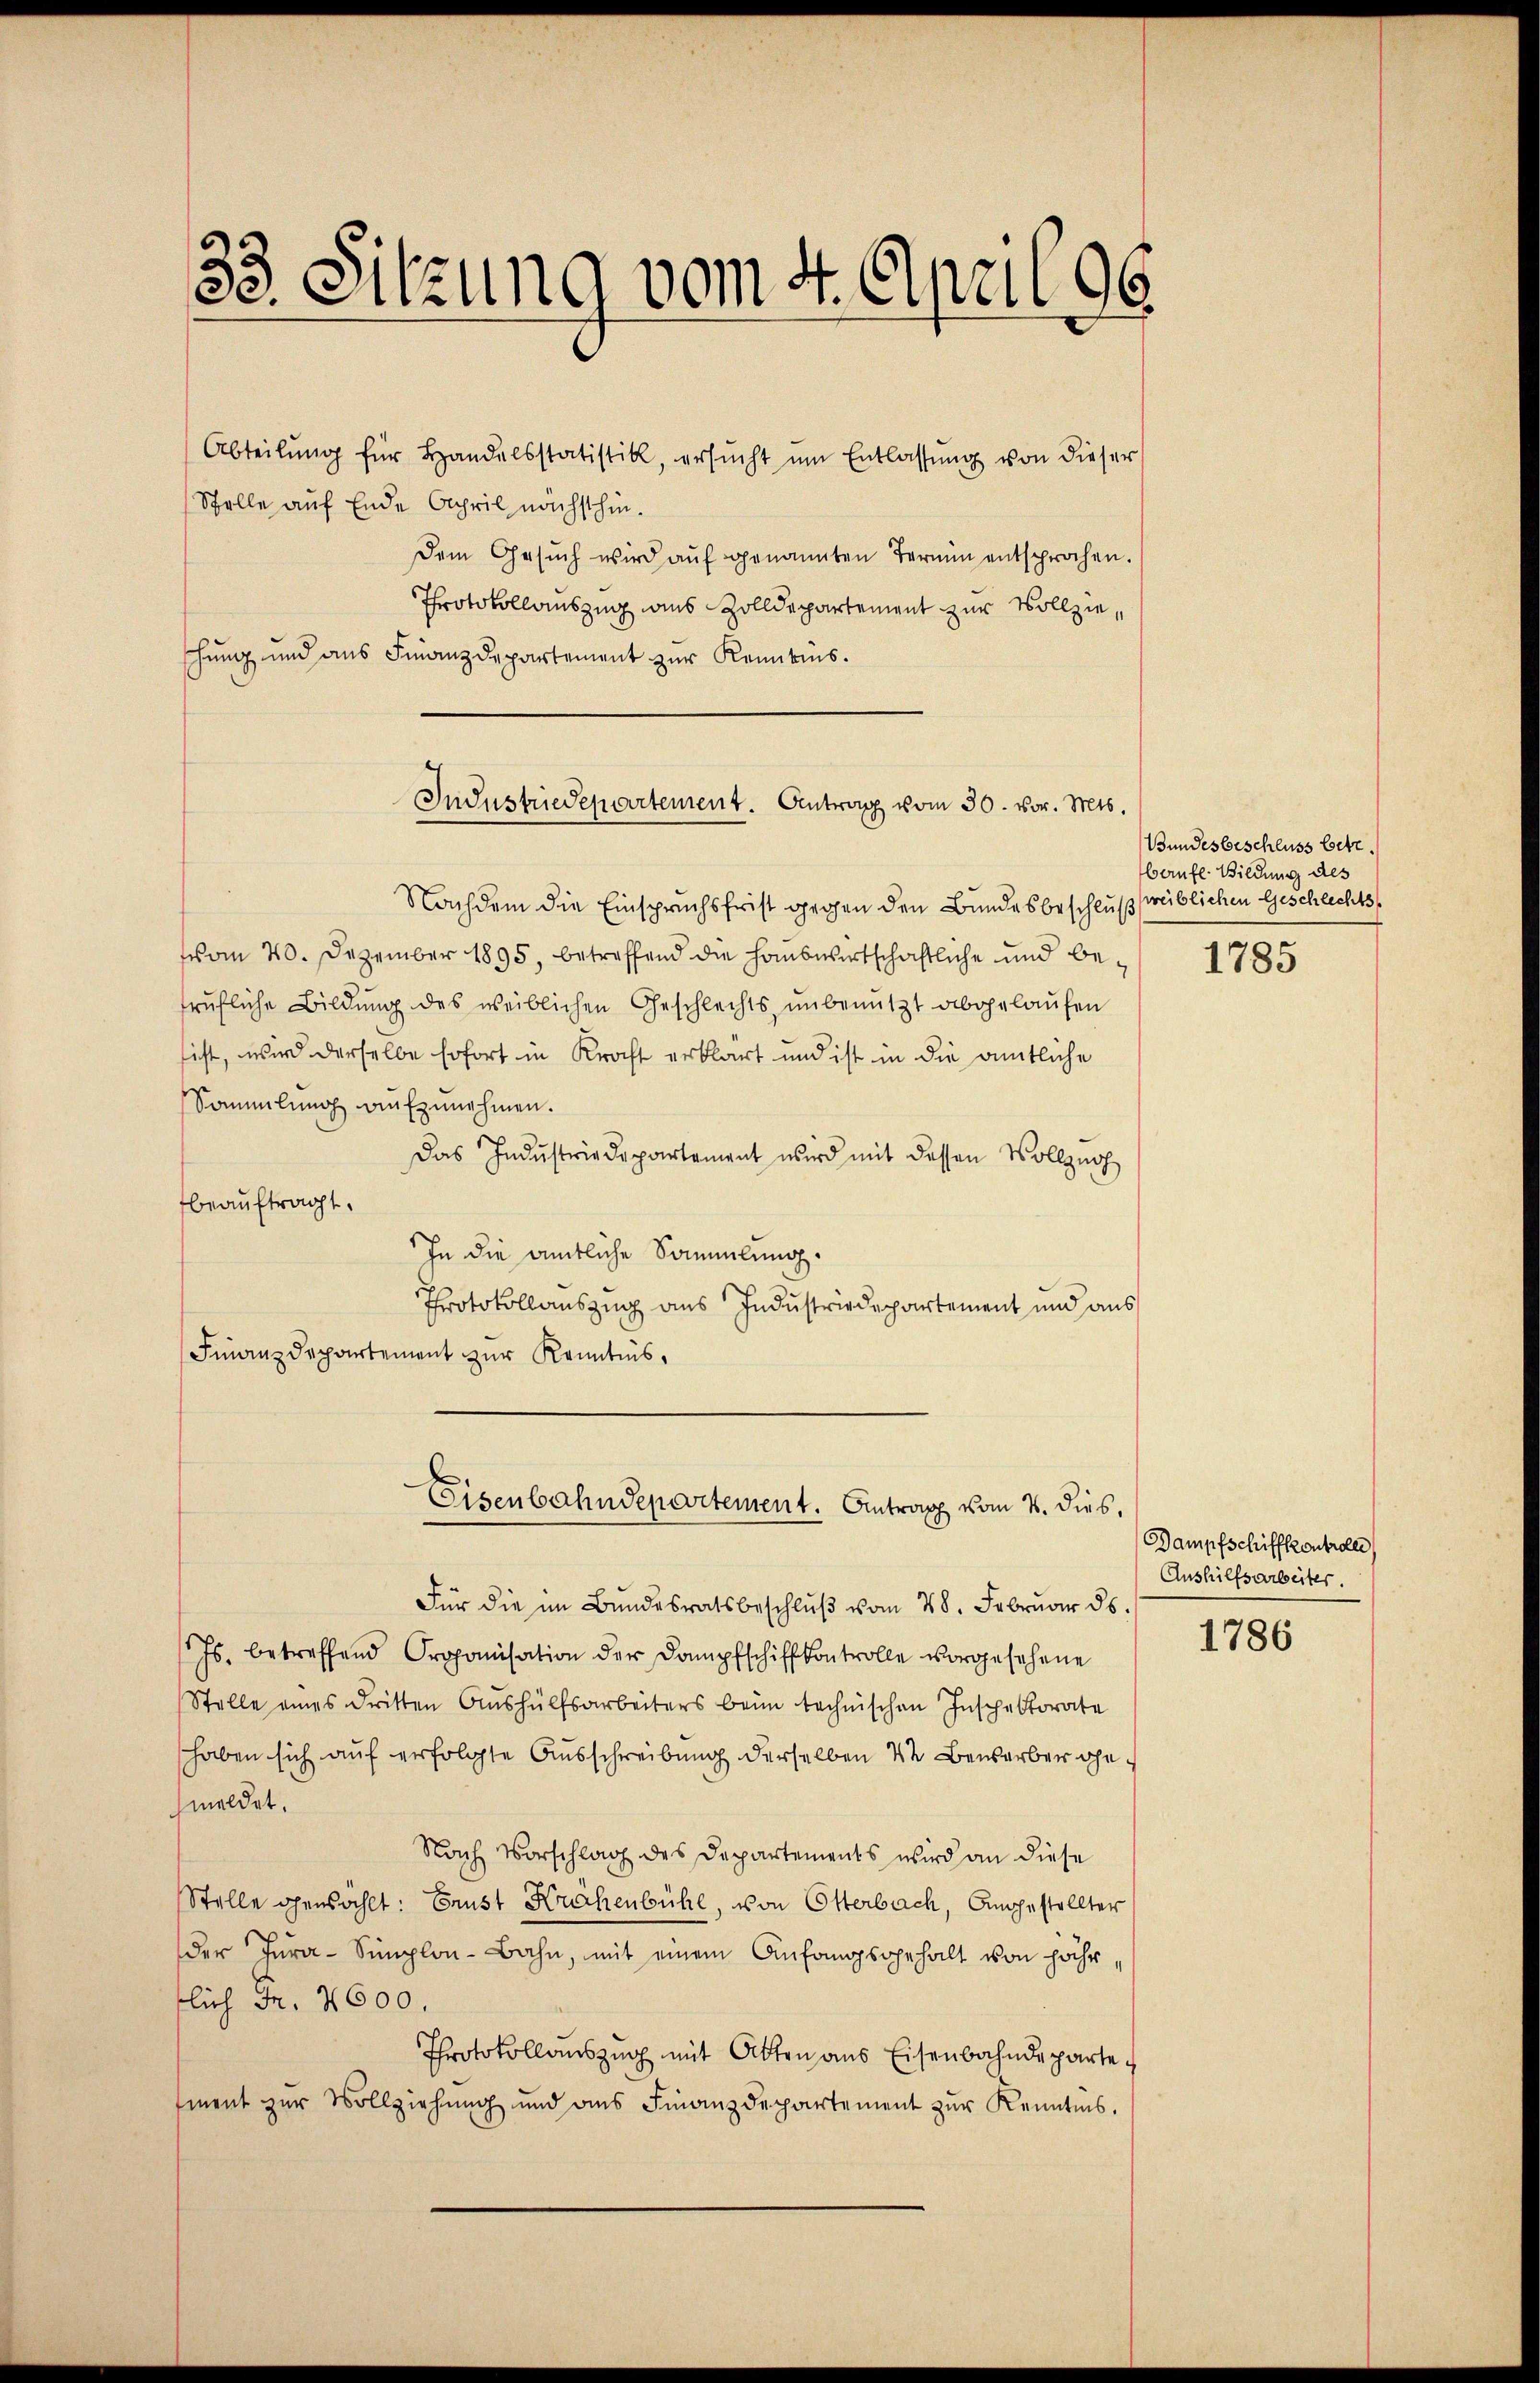
33. Sitzung vom 4. April 96.

Abteilŭng für Handelsstatistik, ersŭcht ŭm Entlassŭng von dieser
Stelle auf Ende April nächsthin.
Dem Gesŭch wird aŭf genannten Termin entsprochen.
Protokollauszug aus Zolldepartement zur Vollzieschung und aus Finanzdepartement zur Kenntnis.
Nachdem die Einspruchsfrist gegen den Bundesbeschluß freiblichen Geschlechtsvom 20. Dezember 1895, betreffend die Hauswirtschaftliche und betrŭfliche Bildung des weiblichen Geschlechts unbenutzt abgelaŭfen
sicht, wird derselbe sofort in Kraft erklärt und ist in die amtliche
Sammlung aufzunehmen.
Das Indŭstrie Departement wird mit dessen Vollzug
beauftragt.
In die amtliche Sammlung.
Protokollauszug aus Industriedepartement und aus
Finanzdepartement zur Kenntnis¬
EEisenbahndepartement. Antrag vom 4. dies,
Für die im Bŭndesratsbeschlŭβ vom 28. Febrŭar ds.
Js. betreffend Propanisation der Dampfschiffkontrolle vorgesehene
Stelle eines dritten Aushülfsarbeiters beim technischen Inschektorate
haben sich auf erfolgte Ausschreibung derselben de Bewerber gemeldet.
Nach Vorschlag des Departements wird an diese
Stelle gewählt: Ernst Krahenbühl, von Otterbach, Angestellter
der Jura-Simplon-Bahn, mit einem Anfangsgehalt von Jahr,
flich Fr. 2000.
Protokollauszug mit Atten aus Eisenbahndeparte
ment zur Vollziehung und des Finanzdepartement zur Kenntnis.

Industriedepartement. Antrag vom 30. vor. Mts.

Bundesbeschluss betr
berufe. Bildung des

1785

Dampfschiffkontrolle
Aushilfsarbeiter.

1786